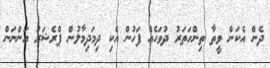
ދެން އެކަން ވީތާ ތިންހަތަރު ދުވަހެއް ފަހުން އެކި ދިމަދިމާލުން ޕްރެޝަރު އަންނަން